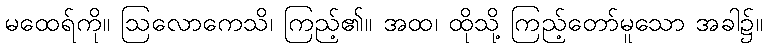
မထေရ်ကို။ ဩလောကေသိ၊ ကြည့်၏။ အထ၊ ထိုသို့ ကြည့်တော်မူသော အခါ၌။